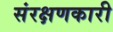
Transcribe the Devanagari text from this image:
संरक्षणकारी